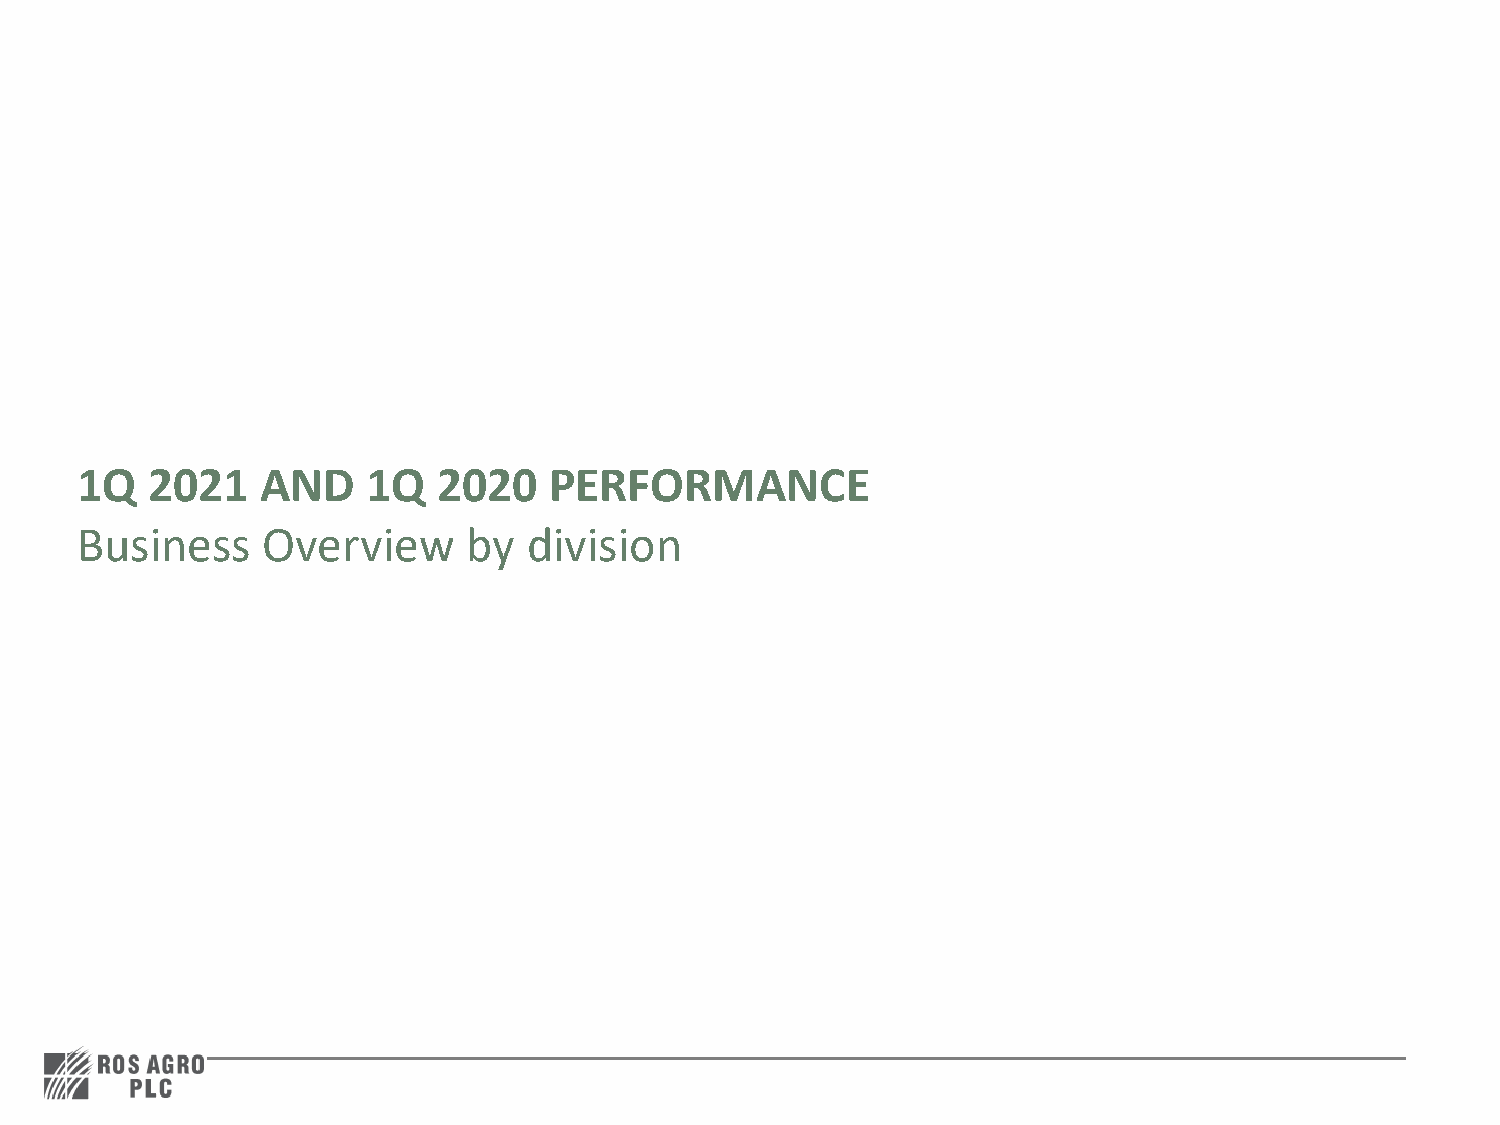
1Q   2021   AND    1Q   2020   PERFORMANCE
 Business    Overview      by  division